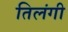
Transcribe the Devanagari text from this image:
तिलंगी